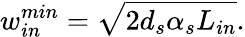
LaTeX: w_{in}^{min}=\sqrt{2d_{s}\alpha_{s}L_{in}}.